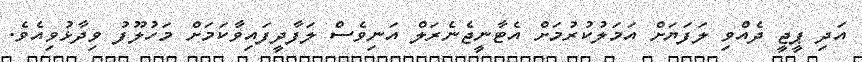
އަދި ޕީޖީ ދެއްވި ލަފަޔަށް އަމަލުކުރުމަށް އެޓާނީޖެނެރަލް އަނިވެސް ލަފާދީފައިވާކަމަށް މަހުލޫފު ވިދާޅުވިއެވެ.